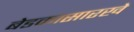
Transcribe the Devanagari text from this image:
बेडकासारखे